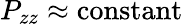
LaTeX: P_{zz}\approx\mathrm{constant}